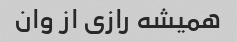
همیشه رازی از وان